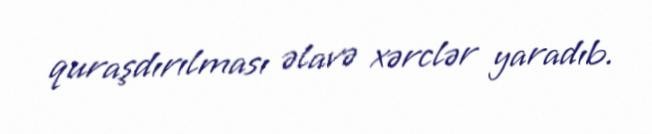
quraşdırılması əlavə xərclər yaradıb.